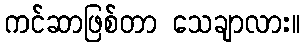
ကင်ဆာဖြစ်တာ သေချာလား။